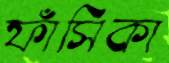
ফাঁসিকা